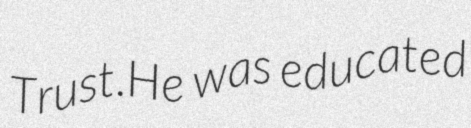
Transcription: Trust.He was educated